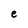
Character: e